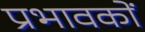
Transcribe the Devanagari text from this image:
प्रभावकों